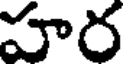
హర